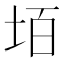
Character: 𡋦